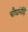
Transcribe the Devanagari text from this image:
चौघांनींहि